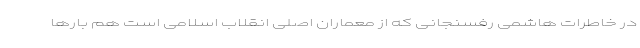
در خاطرات هاشمی رفسنجانی که از معماران اصلی انقلاب اسلامی است هم بارها